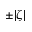
\pm | \zeta |